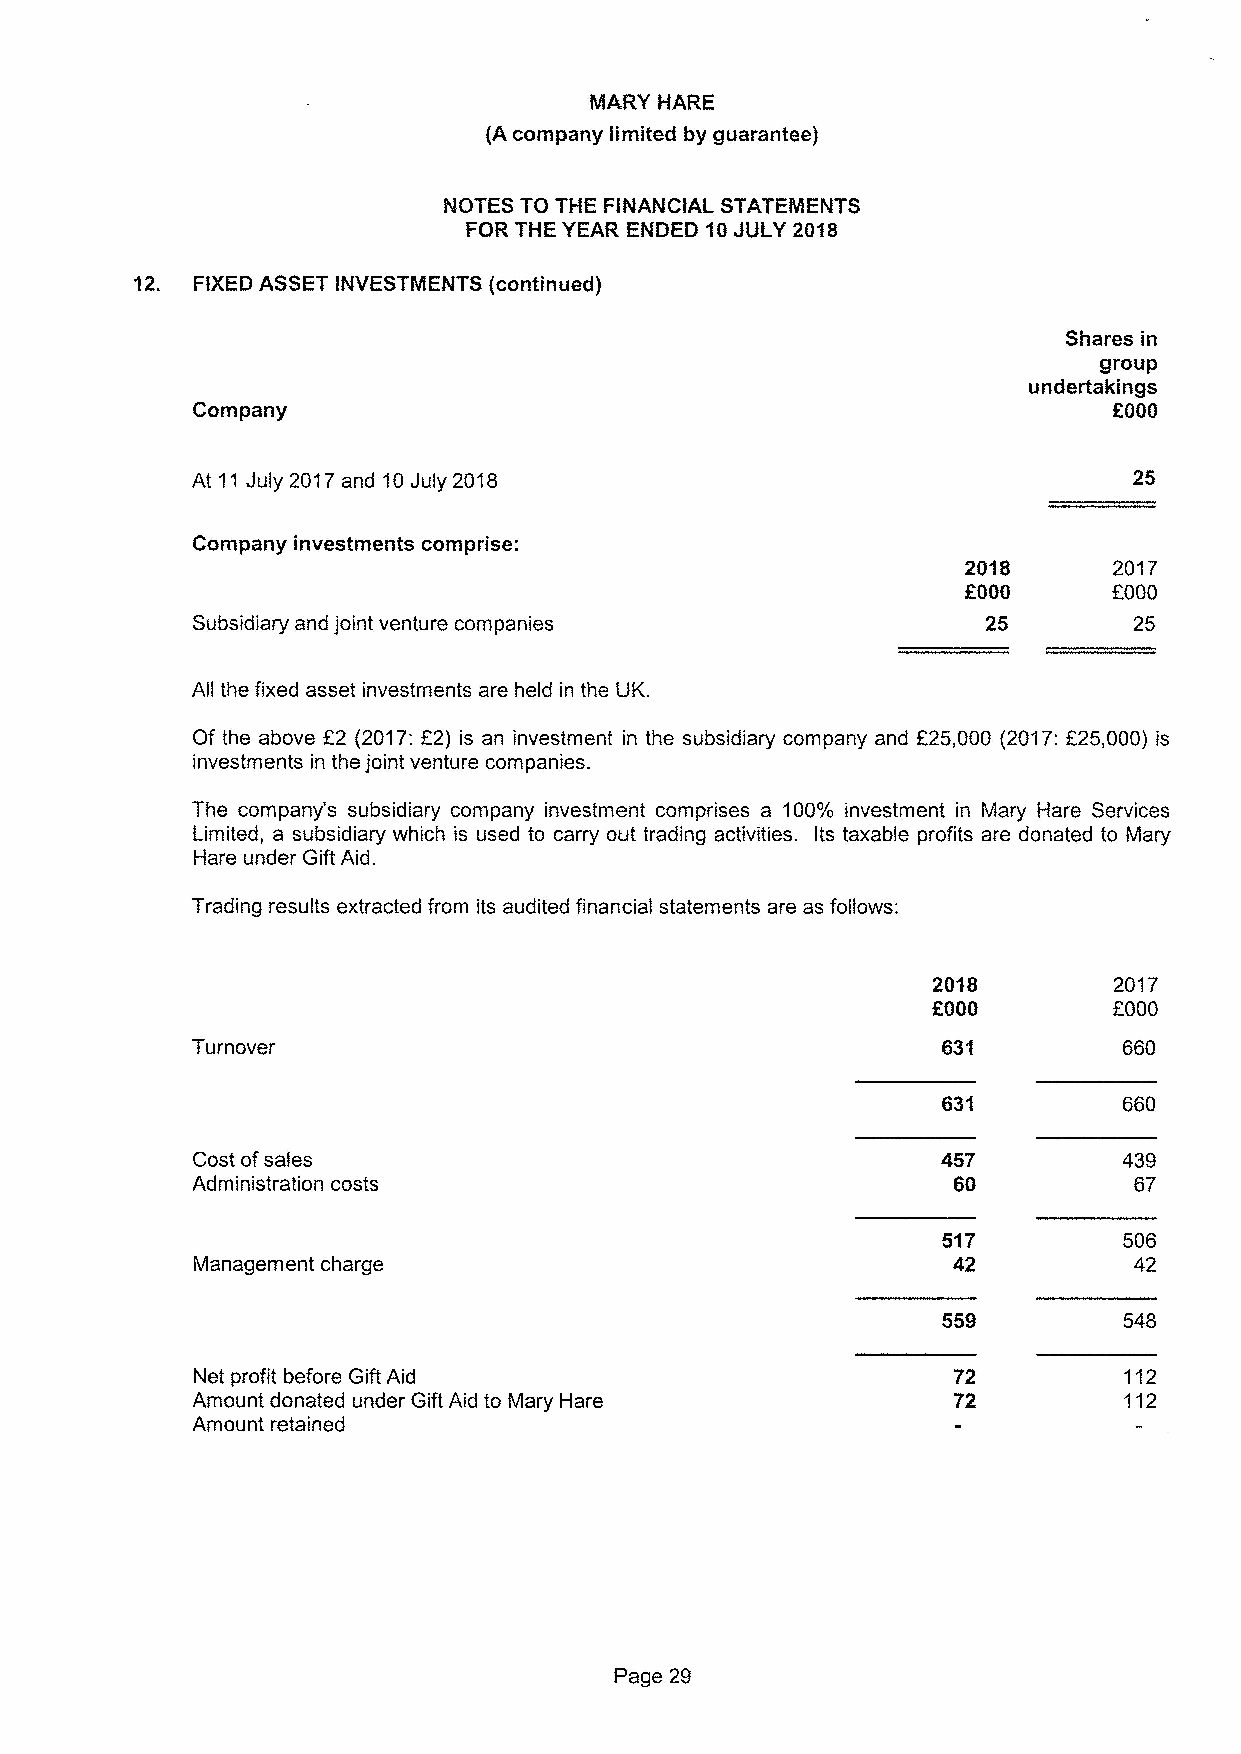
MARY HARE
 (A company limited by guarantee)
 12. FIXEDASSET INVESTMENTS (continued)
 Shares in
 group
 undertakings
 Corn pany                                                    f. GGO
 At 11July 2017and 10July 2018
 2018      2017
 f
 GOO      OOOO
 Subsidiary and joint venture companies              25        25
 All the fixed asset investments are held in the UK.
 Of the above E2 (2017:E2) is an investment in the subsidiary company and 225,000 (2017:F25,000) is
 investments in the joint venture companies.
 The company's subsidiary company investment cornpdses a 100/0 investment in Mary Hare Services
 Limited, a subsidiary which is used to carry out trading activities. Its taxable profits are donated to Mary
 Hare under Gift Aid.
 Trading results extracted from its audited financial statements are as follows:
 2018        2017
 f000
 GOGO
 Turnover                                                     660
 Cost ofsales                                                 439
 Administration costs                                          67
 517         506
 Management charge                                 42          42
 Net profit before Gift Aid                                   112
 Amount donated under Gift Aid to Mary Hare                   112
 Amount retained
 Page 29